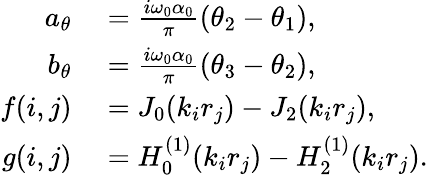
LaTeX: \begin{array}{rl}{a_{\theta}}&{{}=\frac{i\omega_{0}\alpha_{0}}{\pi}(\theta_{2}-\theta_{1}),}\\ {b_{\theta}}&{{}=\frac{i\omega_{0}\alpha_{0}}{\pi}(\theta_{3}-\theta_{2}),}\\ {f(i,j)}&{{}=J_{0}(k_{i}r_{j})-J_{2}(k_{i}r_{j}),}\\ {g(i,j)}&{{}=H_{0}^{(1)}(k_{i}r_{j})-H_{2}^{(1)}(k_{i}r_{j}).}\end{array}